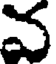
వ